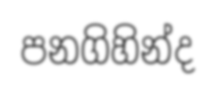
පනගිහින්ද